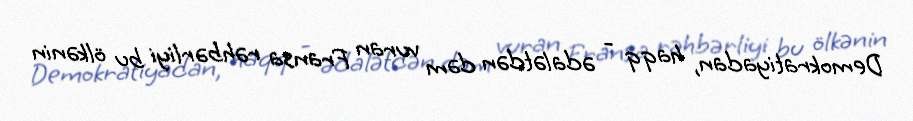
Demokratiyadan, haqq - ədalətdən dəm vuran Fransa rəhbərliyi bu ölkənin